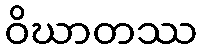
ဝိဃာတဿ